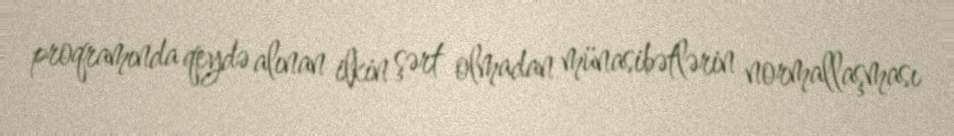
proqramında qeydə alınan ilkin şərt olmadan münasibətlərin normallaşması